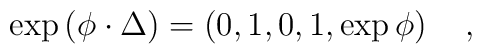
\exp \left( \phi \cdot \Delta \right) =\left( 0,1,0,1,\exp\phi \right) \quad ,